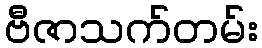
ဗီဇာသက်တမ်း